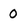
Character: 0